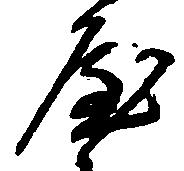
屋